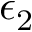
\epsilon _ { 2 }